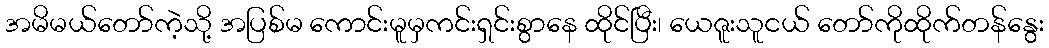
အမိမယ်တော်ကဲ့သို့ အပြစ်မ ကောင်းမူမှကင်းရှင်းစွာနေ ထိုင်ပြီး၊ ယေဇူးသူငယ် တော်ကိုထိုက်တန်နွေး